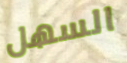
السهل